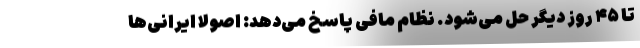
تا ۴۵ روز دیگر حل می‌شود. نظام مافی پاسخ می‌دهد: اصولا ایرانی‌ها